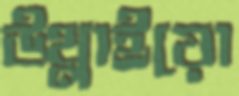
উথ্‌লাইয়ো